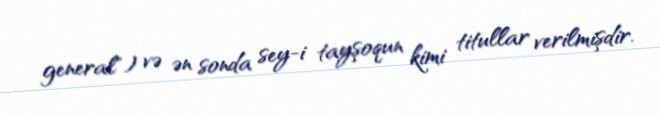
general") və ən sonda sey-i tayşoqun kimi titullar verilmişdir.